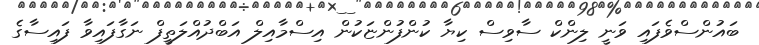
ބައުންސްވެފައި ވަނީ ލިންކް ސާވިސް ކިޔާ ކުންފުންޏަކުން އިސްމާއިލް އަބްދުއްލަތީފް ނަގާފައިވާ ފައިސާގެ